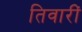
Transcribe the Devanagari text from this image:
तिवारीं